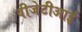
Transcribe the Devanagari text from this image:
वीजेटीआई